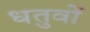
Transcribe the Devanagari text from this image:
धतुवों